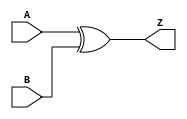
module xor_gate(
  input wire A,
  input wire B,
  output wire Z
);

assign Z = A ^ B;

endmodule